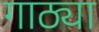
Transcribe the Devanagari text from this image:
गाठ्या